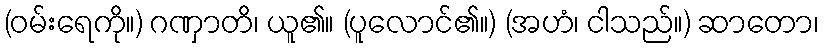
(ဝမ်းရေကို။) ဂဏှာတိ၊ ယူ၏။ (ပူလောင်၏။) (အဟံ၊ ငါသည်။) ဆာတော၊